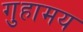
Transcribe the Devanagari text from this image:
गुहामय